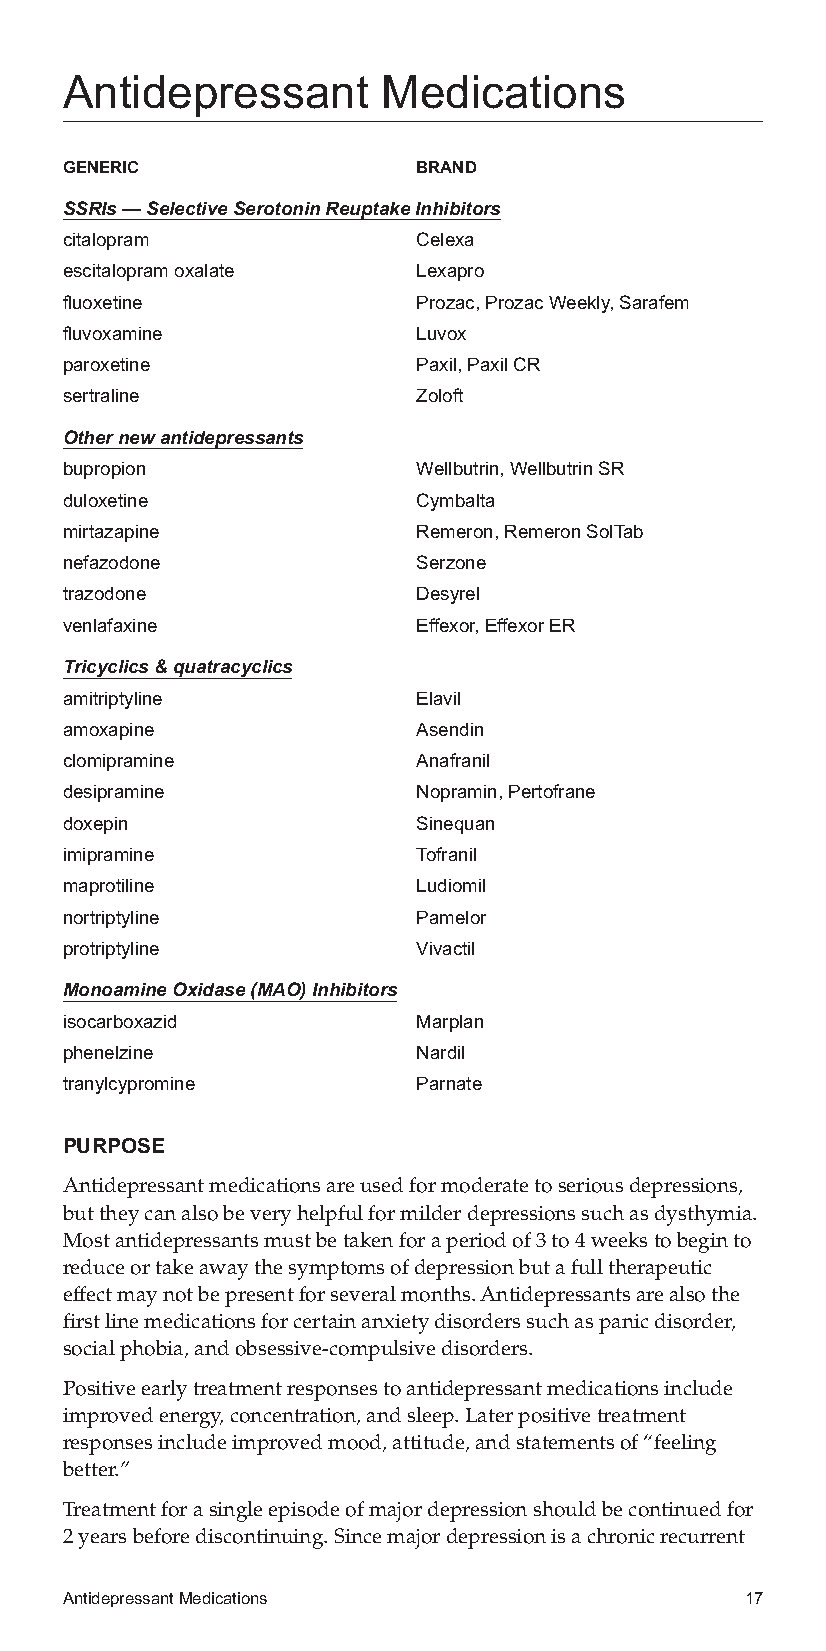
Antidepressant       Medications
 GENERIC                 BRAND
 SSRIs—SelectiveSerotoninReuptakeInhibitors
 citalopram              Celexa
 escitalopramoxalate     Lexapro
 fluoxetine              Prozac,ProzacWeekly,Sarafem
 fluvoxamine             Luvox
 paroxetine              Paxil,PaxilCR
 sertraline              Zoloft
 Othernewantidepressants
 bupropion               Wellbutrin,WellbutrinSR
 duloxetine              Cymbalta
 mirtazapine             Remeron,RemeronSolTab
 nefazodone              Serzone
 trazodone               Desyrel
 venlafaxine             Effexor,EffexorER
 Tricyclics&quatracyclics
 amitriptyline           Elavil
 amoxapine               Asendin
 clomipramine            Anafranil
 desipramine             Nopramin,Pertofrane
 doxepin                 Sinequan
 imipramine              Tofranil
 maprotiline             Ludiomil
 nortriptyline           Pamelor
 protriptyline           Vivactil
 MonoamineOxidase(MAO)Inhibitors
 isocarboxazid           Marplan
 phenelzine              Nardil
 tranylcypromine         Parnate
 PURPOSE
 Antidepressantmedicationsareusedformoderatetoseriousdepressions,
 buttheycanalsobeveryhelpfulformilderdepressionssuchasdysthymia.
 Mostantidepressantsmustbetakenforaperiodof3to4weekstobeginto
 reduceortakeawaythesymptomsofdepressionbutafulltherapeutic
 effectmaynotbepresentforseveralmonths.Antidepressantsarealsothe
 firstlinemedicationsforcertainanxietydisorderssuchaspanicdisorder,
 socialphobia,andobsessive-compulsivedisorders.
 Positiveearlytreatmentresponsestoantidepressantmedicationsinclude
 improvedenergy,concentration,andsleep.Laterpositivetreatment
 responsesincludeimprovedmood,attitude,andstatementsof“feeling
 better.”
 Treatmentforasingleepisodeofmajordepressionshouldbecontinuedfor
 2yearsbeforediscontinuing.Sincemajordepressionisachronicrecurrent
 AntidepressantMedications                    17